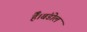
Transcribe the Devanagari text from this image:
हैँ।बंडोल